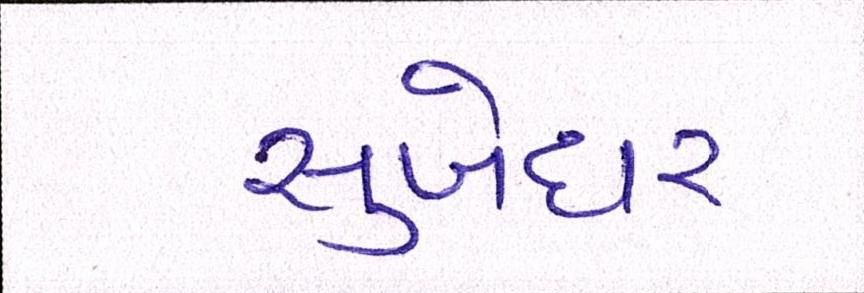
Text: સુબેદાર